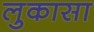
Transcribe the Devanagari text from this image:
लुकासा